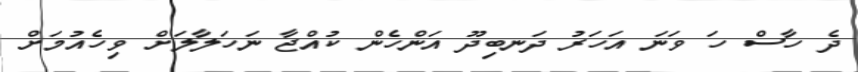
ދެ ހާސް ހަ ވަނަ އަހަރު ދަނބިދޫ އަންހެން ކުއްޖާ ނަހަލާލަށް ވިހެއުމަށް